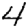
Digit: 4